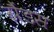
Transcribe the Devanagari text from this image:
ग्रैंडस